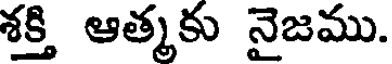
శక్తి ఆత్మకు నైజము.